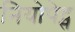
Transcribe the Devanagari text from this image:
नियोपेट्स